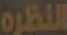
النظرة